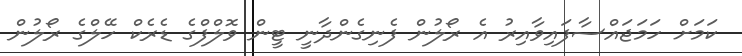
ކަމަށް ހަމަޖައްސާފައިވާއިރު އެ ރޯލުން ފެނިގެންދާނީ ޓީން ވޮލްފްގެ ޑެރެކް ހޭލްގެ ރޯލުން